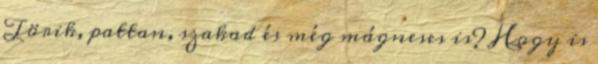
Törik, pattan, szakad és még mágneses is? Hogy is